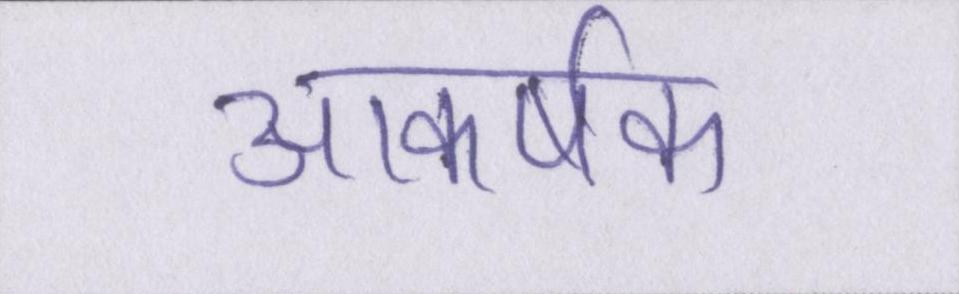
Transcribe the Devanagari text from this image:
आकर्षक